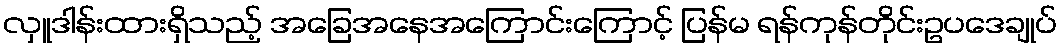
လှူဒါန်းထားရှိသည့် အခြေအနေအကြောင်းကြောင့် ပြန်မ ရန်ကုန်တိုင်းဥပဒေချုပ်